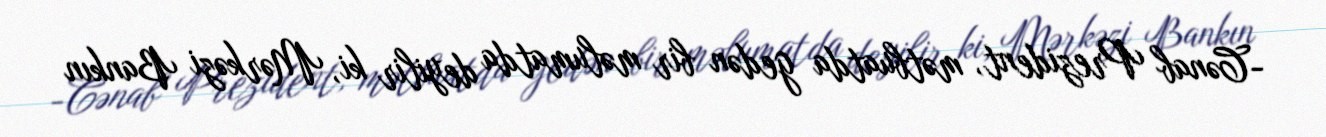
-Cənab Prezident, mətbuatda gedən bir məlumatda deyilir ki, Mərkəzi Bankın